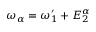
\omega _ { \alpha } = \omega _ { 1 } ^ { \prime } + E _ { 2 } ^ { \alpha }